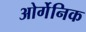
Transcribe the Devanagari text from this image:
ओर्गेनिक